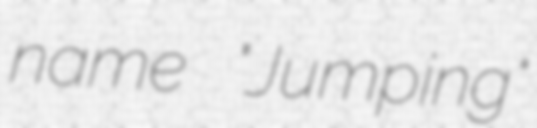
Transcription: name "Jumping"